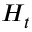
H _ { t }